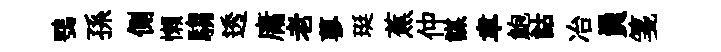
鶚孫側懒騶透庸老蓼珽蕉仲謀聿鮑詁冶員箋